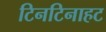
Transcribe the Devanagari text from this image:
टिनटिनाहट